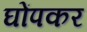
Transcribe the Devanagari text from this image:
घोंपकर